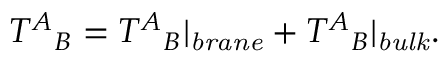
T ^ { A } { } _ { B } = T ^ { A } { } _ { B } | _ { \mathit { b r a n e } } + T ^ { A } { } _ { B } | _ { \mathit { b u l k } } .